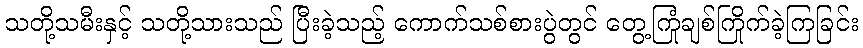
သတို့သမီးနှင့် သတို့သားသည် ပြီးခဲ့သည့် ကောက်သစ်စားပွဲတွင် တွေ့ကြုံချစ်ကြိုက်ခဲ့ကြခြင်း